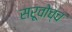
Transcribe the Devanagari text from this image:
सरूवोच्च